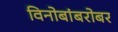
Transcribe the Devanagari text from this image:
विनोबांबरोबर